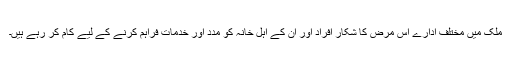
ملک میں مختلف ادارے اس مرض کا شکار افراد اور ان کے اہل خانہ کو مدد اور خدمات فراہم کرنے کے لیے کام کر رہے ہیں۔